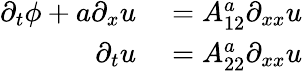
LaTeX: \begin{array}{rl}{\partial_{t}\phi+a\partial_{x}u}&{{}=A_{12}^{a}\partial_{xx}u}\\ {\partial_{t}u}&{{}=A_{22}^{a}\partial_{xx}u}\end{array}